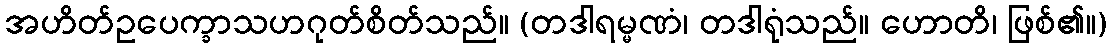
အဟိတ်ဥပေက္ခာသဟဂုတ်စိတ်သည်။ (တဒါရမ္မဏံ၊ တဒါရုံသည်။ ဟောတိ၊ ဖြစ်၏။)